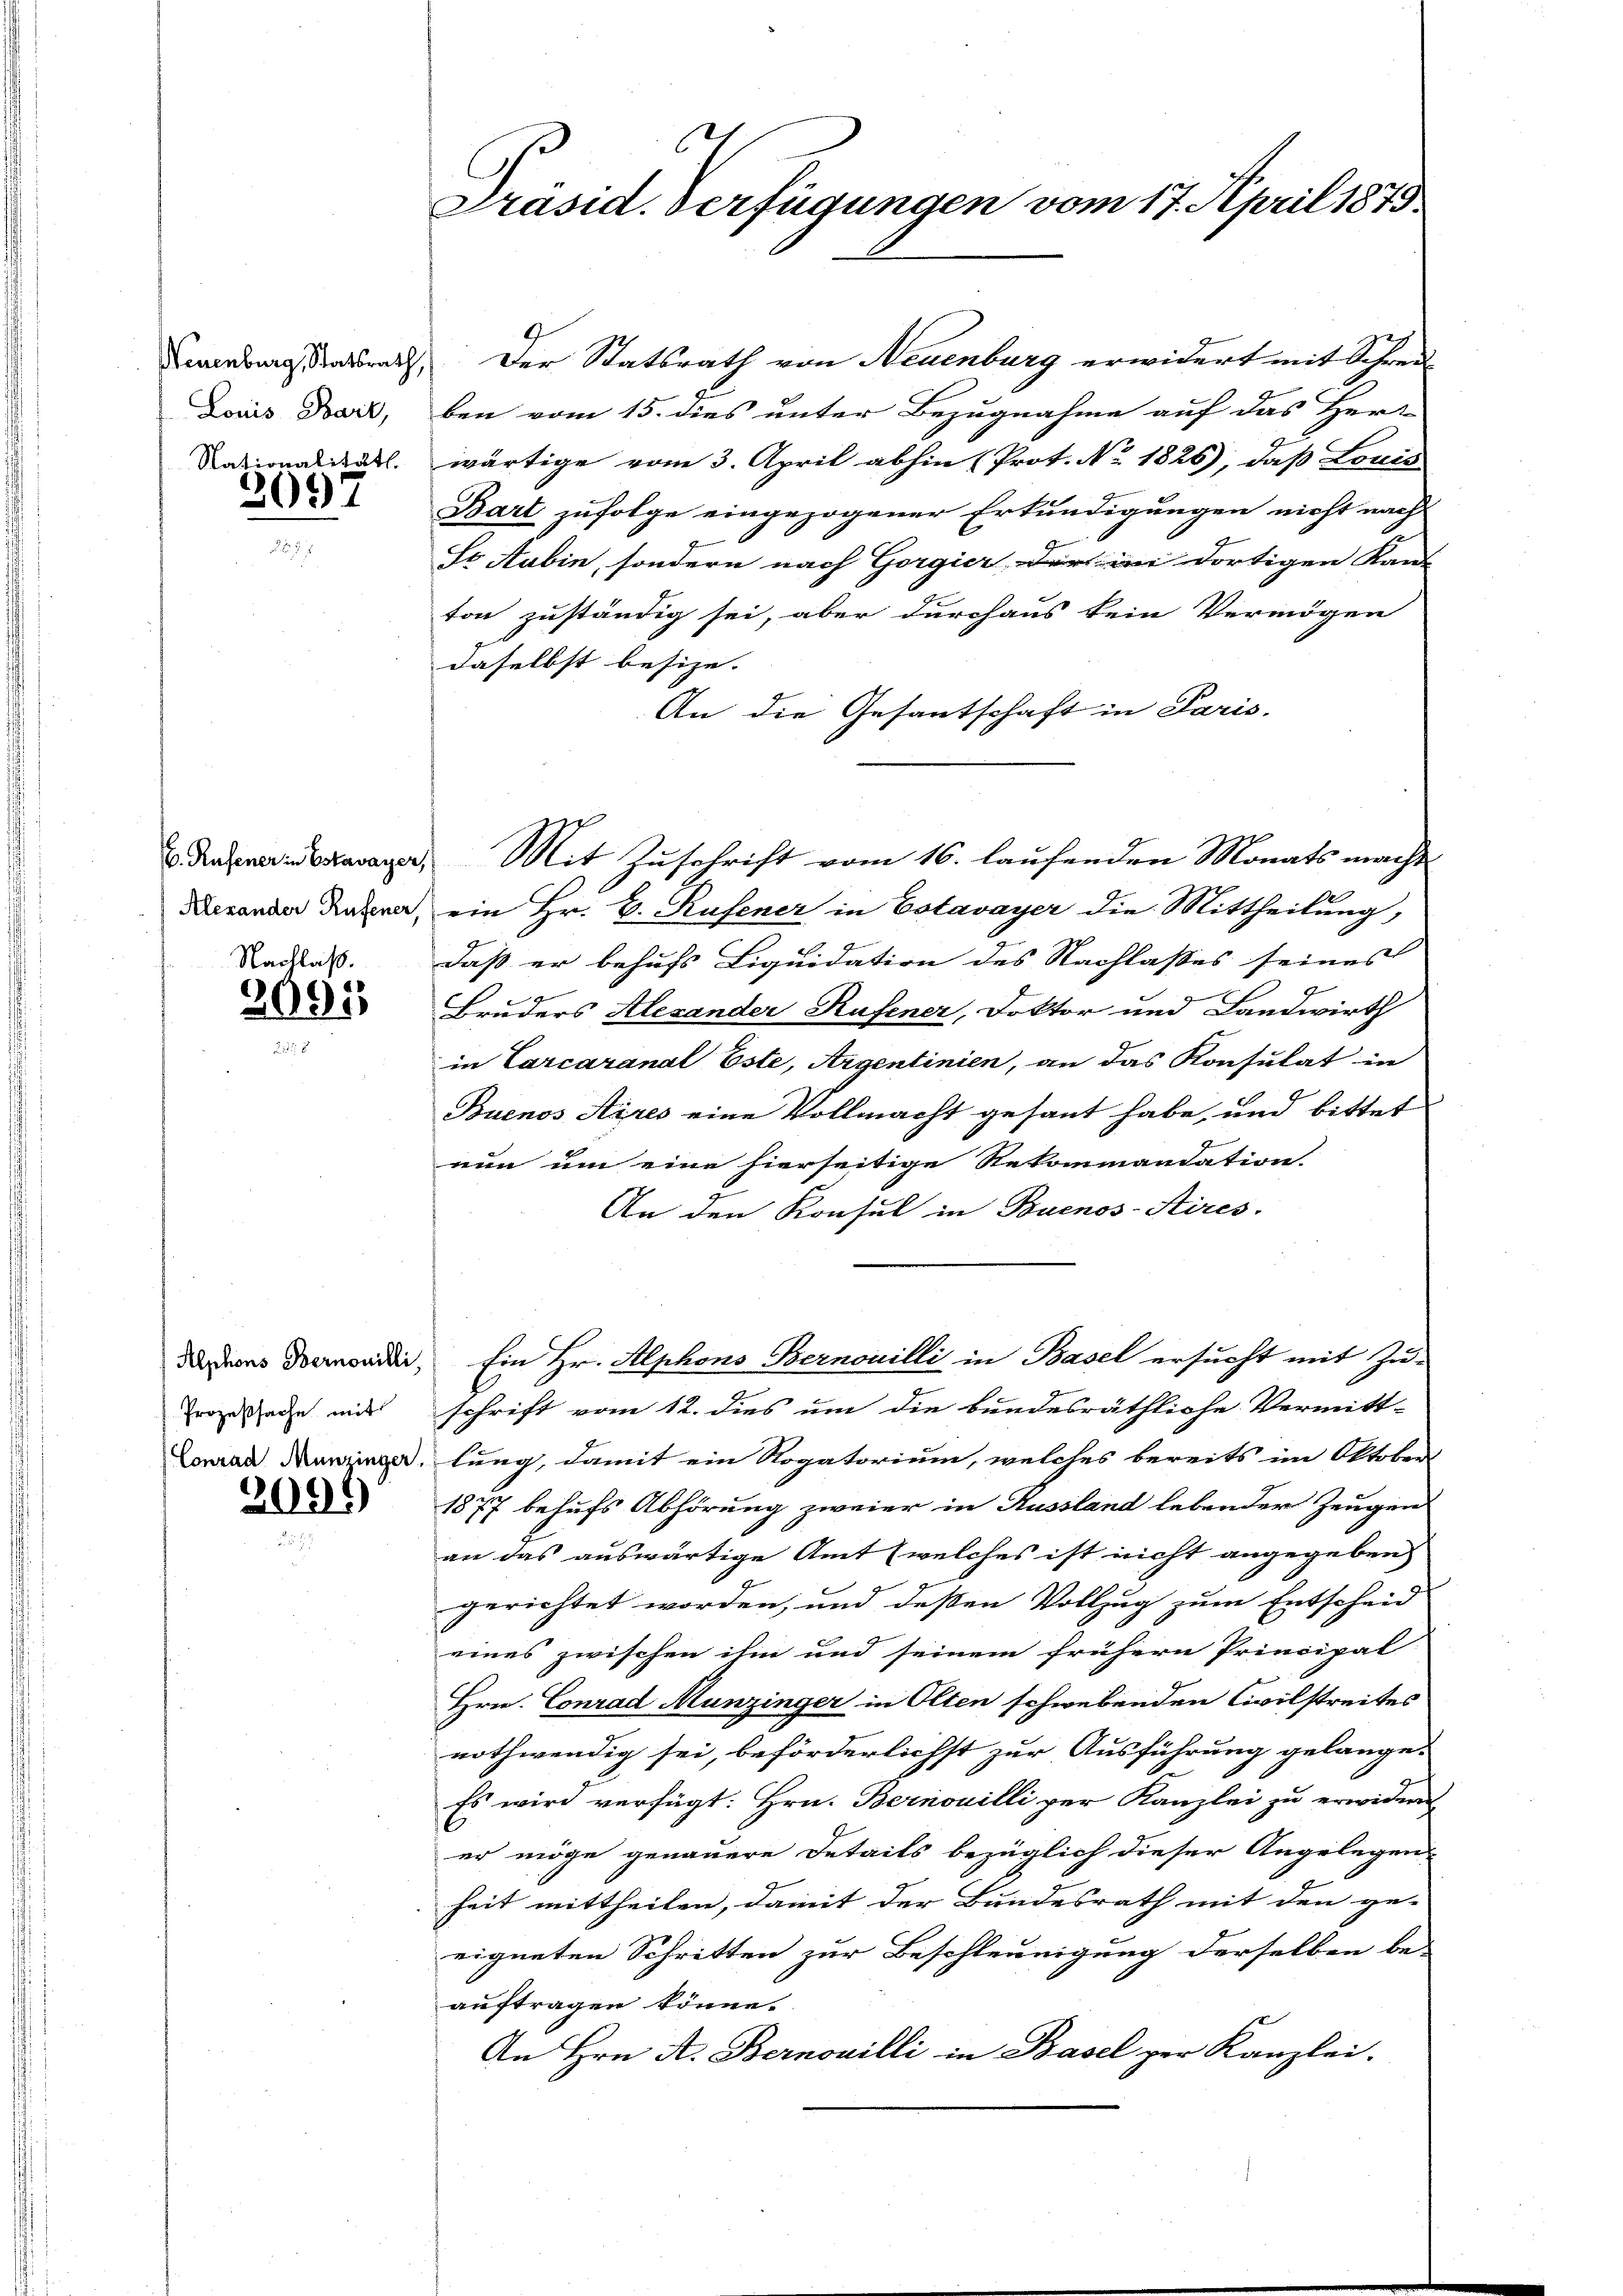
Neuenburg, Statsrath,
Louis Bark,
Nationalität.

2097

C. Rufener in Estavayer,
Alexander Rufener,

2091

Alphons Bernowilli,
Prozeßsache mit
Conrad Munzinger.

2094)

Präsid. Verfügungen vom 17. April 1879.

Der Statsrath von Neuenburg erwidert mit Schreiben vom 15. dies unter Bezugnahme auf das Herr
wärtige vom 3. April abhin (Prot. No. 1826), daß Louis
Bart zufolge eingezogener Erkundigungen nicht nach
So Sabin, sondern nach Gorgier, der im dortigen Kant
ton zuständig sei, aber durchaus kein Vermögen
daselbst besize. |
An die Gesantschaft in Paris.
Mit Zuschrift vom 16. laufenden Monats macht
ein Hr. C. Rufener in Estavayer die Mittheilung,
Radstalt. Daß er behufs Liquidation des Nachlasses seines
Bruders Alexander Rufener, Doktor und Landwirth
in Carcaranal Este, Argentinien, an das Konsulat in
Buenos Aires eine Vollmacht gesant habe, und bittet
nun um eine hierseitige Rekommandation.
An den Konsul in Buenos-Aires.
Ein Hr. Alphons Bernouilli in Basel ersucht mit Zu-
schrift vom 12. dies um die bundesräthliche Vermitt-
lung, damit ein Rogatorium, welches bereits im Oktober
1877 behufs Abhörung zweier in Russland leben der Zeugen
an das auswärtige Amt (welches ist nicht angegeben
gerichtet worden, und deßen Vollzug zum Entscheid
eines zwischen ihm und seinem frühern Principal
Hrn. Conrad Munzinger in Olten schwebenden Civilstreites
nothwendig sei, beförderlichst zur Ausführung gelange-
Es wird verfügt: Hrn. Bernouilli per Kanzlei zu erwidern
er möge genauere Details bezüglich dieser Angelegen-
heit mittheilen, damit der Bundesrath mit den ge-
eigneten Schritten zur Beschleunigung derselben be-
auftragen könne.
An Hrn. A. Bernovilli in Basel zur Kanzlei.